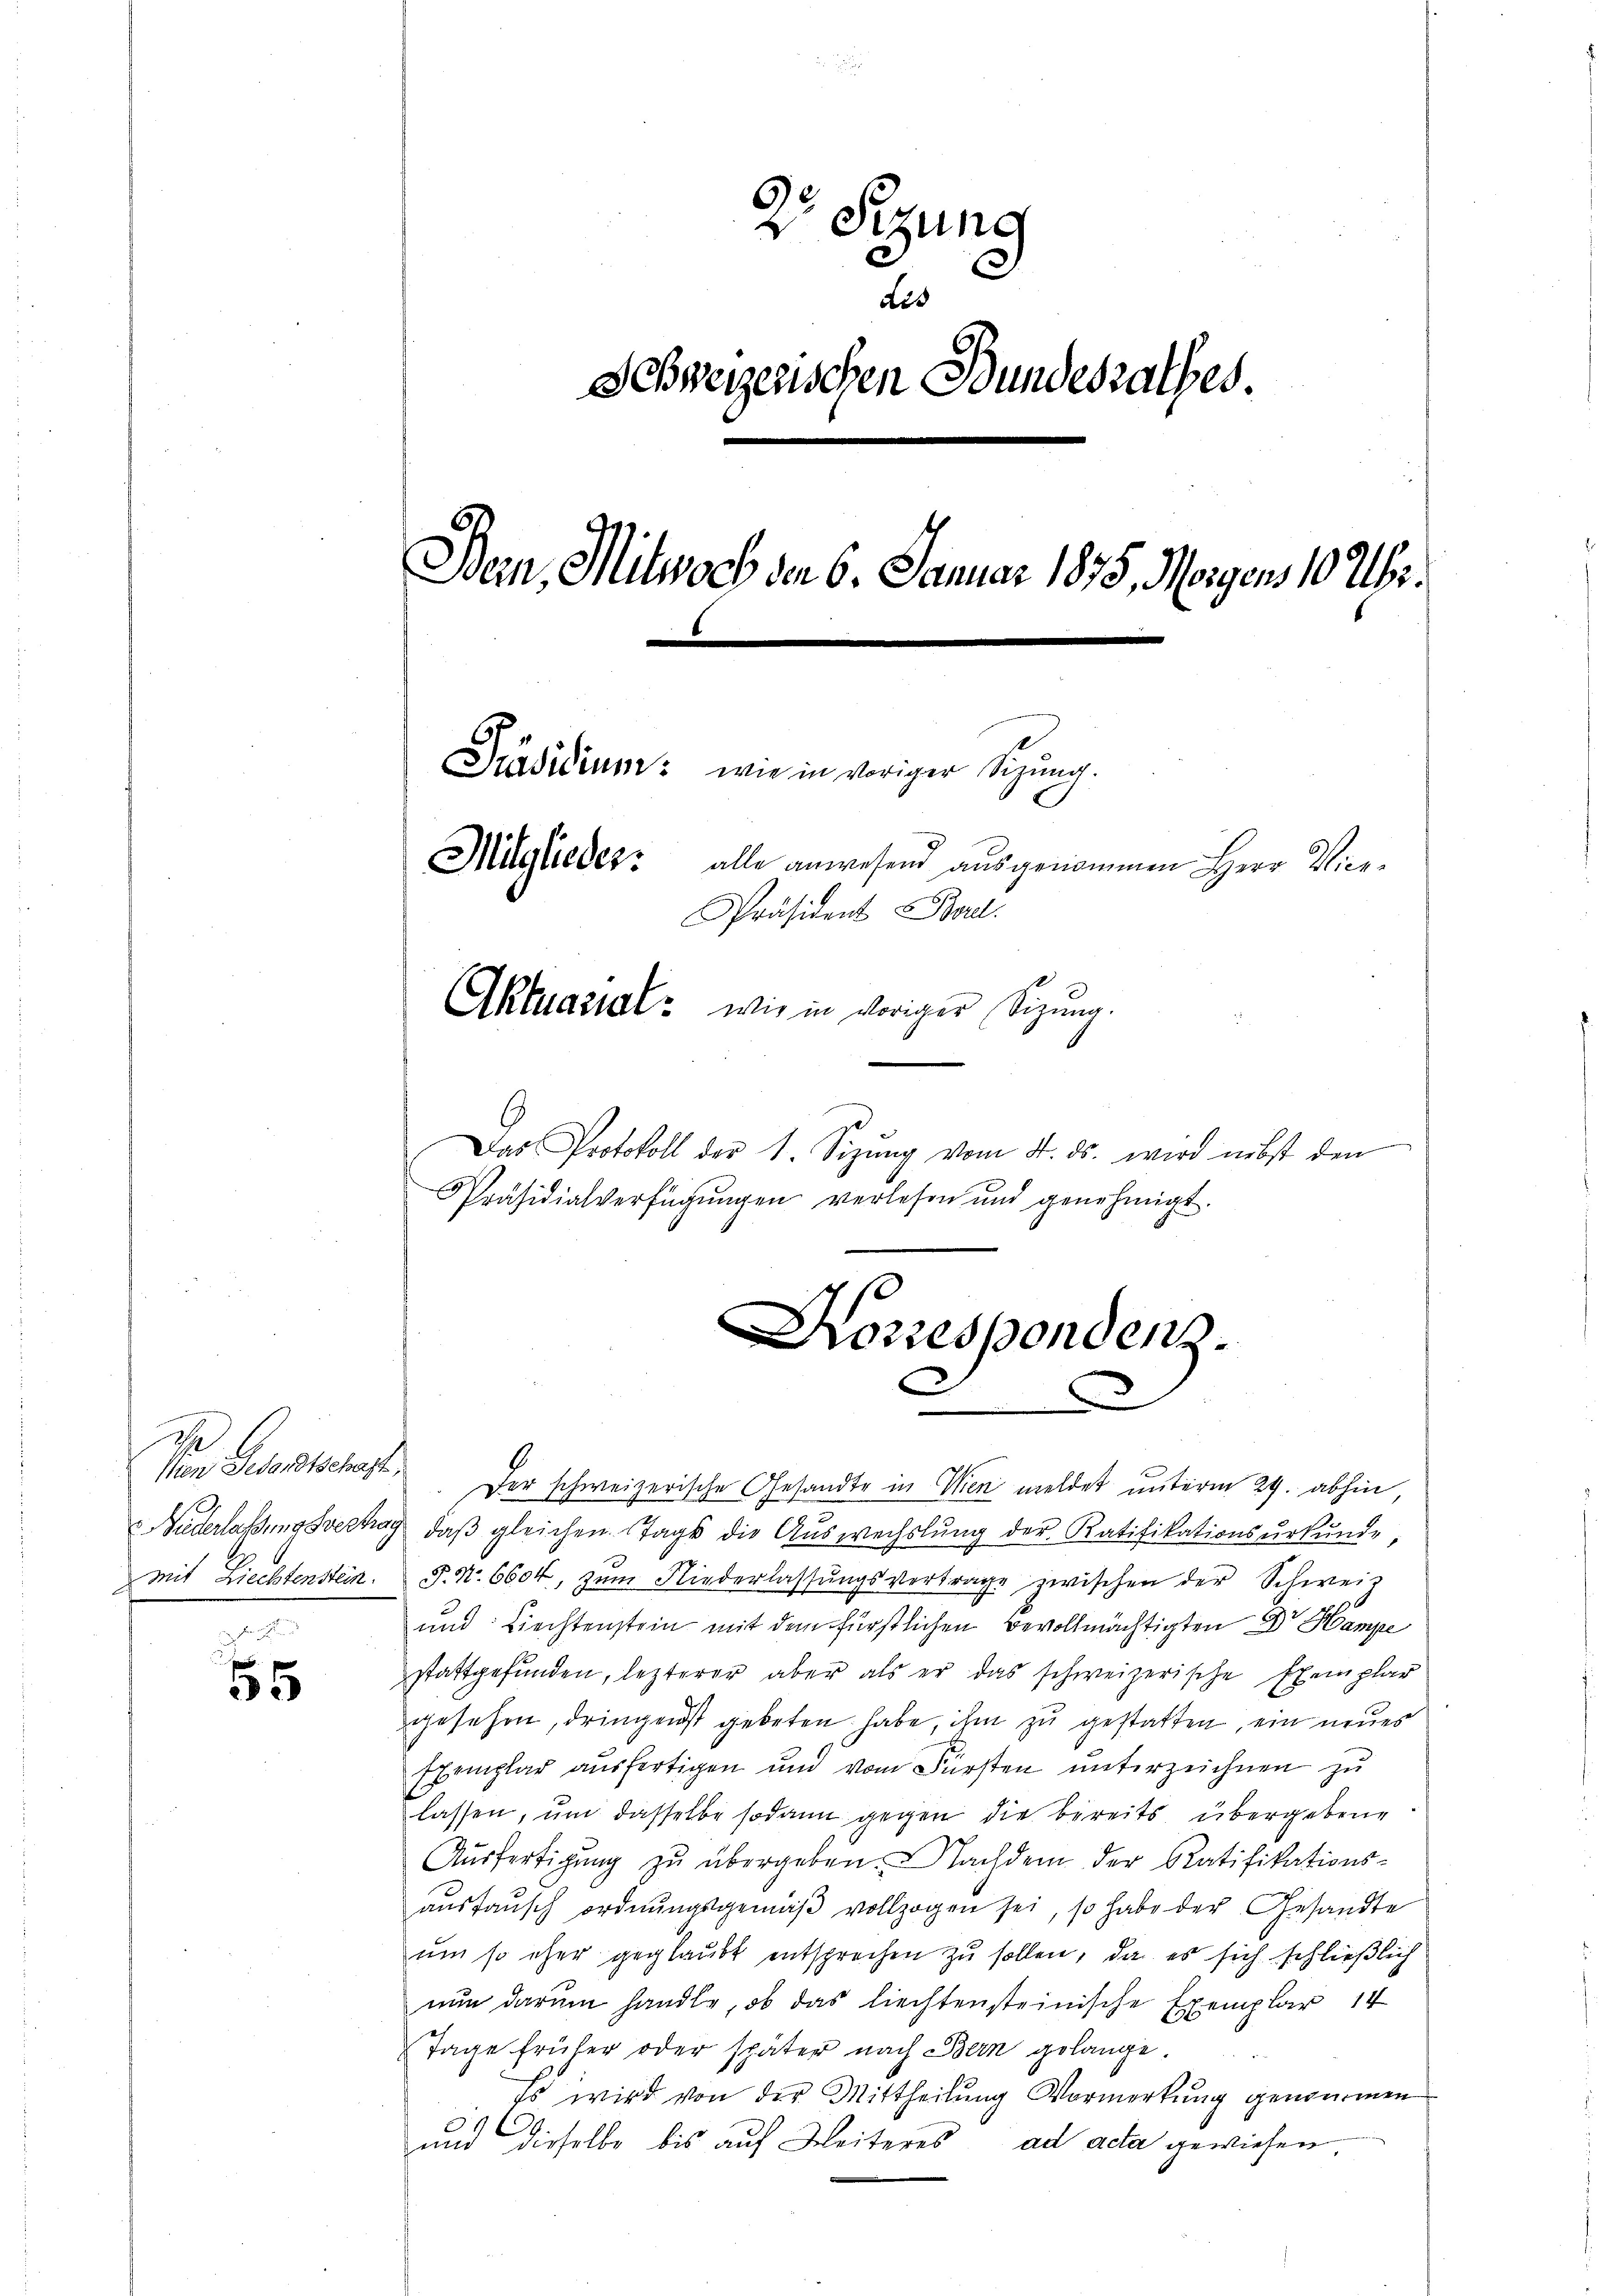
55

2r Sitzung
dis
Schweizerischen Bundesrathes.
Ban, Mitwoch der 6. Januar 1875, Morgens 10 Uhr.
Präsidium: wie in voriger Sitzung.
Müglieder: alle anwesend ausgenommen Herr Vice¬
Präsident Bord.
Aktuarial wie in voriger Sitzung.

d
Das Protokoll der 1. Sizŭng vom 4. ds. wird nebst den
Präsidialverfügŭngen verlesen und genehmigt.

Korrespondenz.

sn Gesandtschaft. Der schweizerische Gesandte in Wien meldet unterm 29. abhin,
Nederlassungsvertrag, daß gleichen Tage die Auswechslung der Ratifikationsurkunde,
mit Liechtenstein. P. Nr. 6604, zŭm Niederlassŭngsvertrage zwischen der Schweiz
und Liechtenstein mit dem fürstlichen Bevollmächtigten Dr Hampe
stattgefunden, lezterer aber als er das schweizerische Exemplar
gesehen, dringenst gebeten habe, ihm zu gestatten, ein neues
Exemplar ausfertigen und vom Fürsten unterzeichnen zu
lassen, um dasselbe sodann gegen die bereits übergebene
Aŭsfertigŭng zŭ übergeben. Nachdem der Ratifikations-
aŭstaŭsch ordnŭngsgemäβ vollzogen sei, so habe der Gesandte
um so eher geglaubt entsprechen zu sollen, da es sich schließlich
nun darum handle, ob das liechtensteinische Exemplar 14
Tage früher oder später nach Bern gelange
Es wird von der Mittheilung Vormerkung genommen
E
und dieselbe bis auf Weiteres ad acta gewiesen